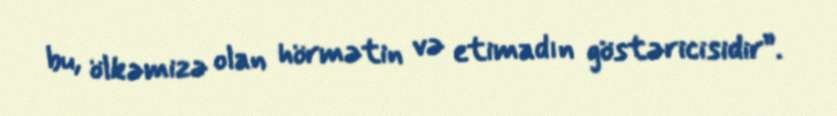
bu, ölkəmizə olan hörmətin və etimadın göstəricisidir”.